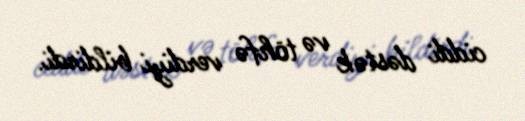
ciddi dəstək və töhfə verdiyi bildirdi.